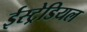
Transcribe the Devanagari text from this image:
ईस्ट्रेडियल